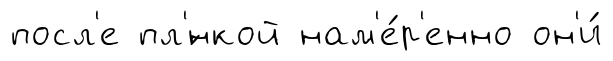
посл'е пл'́нкой нам'е́р'енно он'и́